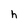
Character: h